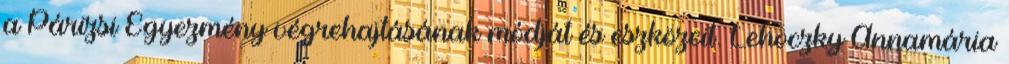
a Párizsi Egyezmény végrehajtásának módját és eszközeit. Lehoczky Annamária